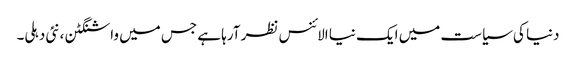
دنیا کی سیاست میں ایک نیا الائنس نظر آرہا ہے جس میں واشنگٹن ،نئی دہلی۔